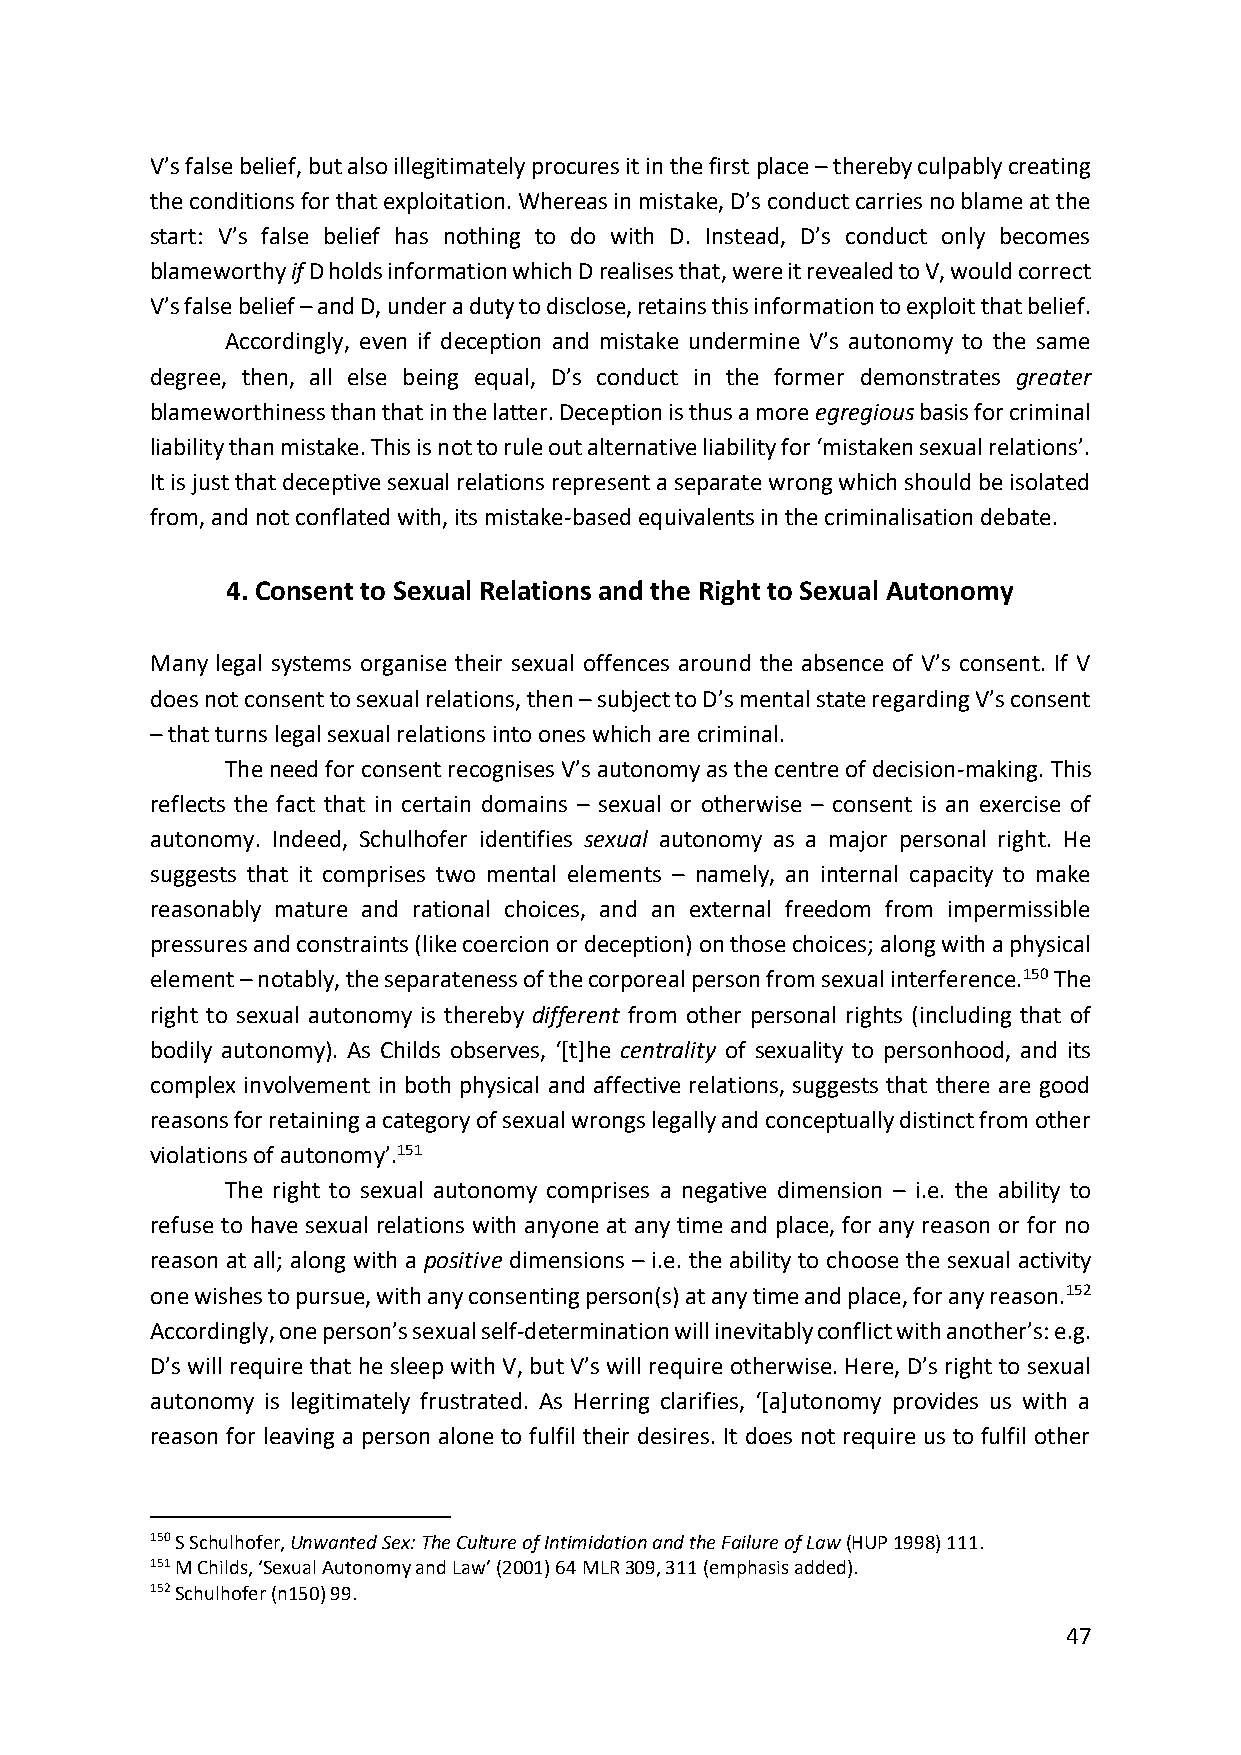
V’s false belief, but also illegitimately procures it in the first place – thereby culpably creating
 the conditions for that exploitation. Whereas in mistake, D’s conduct carries no blame at the
 start: V’s false belief has nothing to do with D. Instead, D’s conduct only becomes
 blameworthy if D holds information which D realises that, were it revealed to V, would correct
 V’s false belief – and D, under a duty to disclose, retains this information to exploit that belief.
 Accordingly, even if deception and mistake undermine V’s autonomy to the same
 degree, then, all else being equal, D’s conduct in the former demonstrates greater
 blameworthiness than that in the latter. Deception is thus a more egregious basis for criminal
 liability than mistake. This is not to rule out alternative liability for ‘mistaken sexual relations’.
 It is just that deceptive sexual relations represent a separate wrong which should be isolated
 from, and not conflated with, its mistake-based equivalents in the criminalisation debate.
 4. Consent to Sexual Relations and the Right to Sexual Autonomy
 Many legal systems organise their sexual offences around the absence of V’s consent. If V
 does not consent to sexual relations, then – subject to D’s mental state regarding V’s consent
 – that turns legal sexual relations into ones which are criminal.
 The need for consent recognises V’s autonomy as the centre of decision-making. This
 reflects the fact that in certain domains – sexual or otherwise – consent is an exercise of
 autonomy. Indeed, Schulhofer identifies sexual autonomy as a major personal right. He
 suggests that it comprises two mental elements – namely, an internal capacity to make
 reasonably mature and rational choices, and an external freedom from impermissible
 pressures and constraints (like coercion or deception) on those choices; along with a physical
 element – notably, the separateness of the corporeal person from sexual interference.150 The
 right to sexual autonomy is thereby different from other personal rights (including that of
 bodily autonomy). As Childs observes, ‘[t]he centrality of sexuality to personhood, and its
 complex involvement in both physical and affective relations, suggests that there are good
 reasons for retaining a category of sexual wrongs legally and conceptually distinct from other
 violations of autonomy’.151
 The right to sexual autonomy comprises a negative dimension – i.e. the ability to
 refuse to have sexual relations with anyone at any time and place, for any reason or for no
 reason at all; along with a positive dimensions – i.e. the ability to choose the sexual activity
 one wishes to pursue, with any consenting person(s) at any time and place, for any reason.152
 Accordingly, one person’s sexual self-determination will inevitably conflict with another’s: e.g.
 D’s will require that he sleep with V, but V’s will require otherwise. Here, D’s right to sexual
 autonomy is legitimately frustrated. As Herring clarifies, ‘[a]utonomy provides us with a
 reason for leaving a person alone to fulfil their desires. It does not require us to fulfil other
 150 S Schulhofer, Unwanted Sex: The Culture of Intimidation and the Failure of Law (HUP 1998) 111.
 151 M Childs, ‘Sexual Autonomy and Law’ (2001) 64 MLR 309, 311 (emphasis added).
 152 Schulhofer (n150) 99.
 47